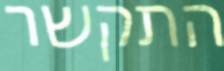
התקשר